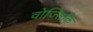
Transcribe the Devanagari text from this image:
वोज्सिकि